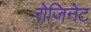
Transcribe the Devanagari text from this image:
रोजिनेट